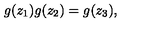
g ( z _ { 1 } ) g ( z _ { 2 } ) = g ( z _ { 3 } ) ,